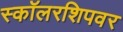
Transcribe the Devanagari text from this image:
स्कॉलरशिपवर